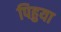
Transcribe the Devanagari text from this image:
पिहुया